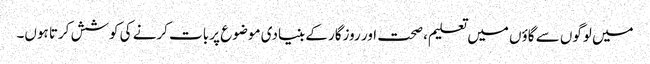
میں لوگوں سے گاؤں میں تعلیم، صحت اور روزگار کے بنیادی موضوع پر بات کرنے کی کوشش کرتا ہوں۔